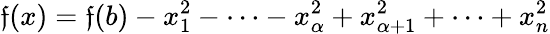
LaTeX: \mathfrak{f}(x)=\mathfrak{f}(b)-x_{1}^{2}-\cdots-x_{\alpha}^{2}+x_{\alpha+1}^{2}+\cdots+x_{n}^{2}